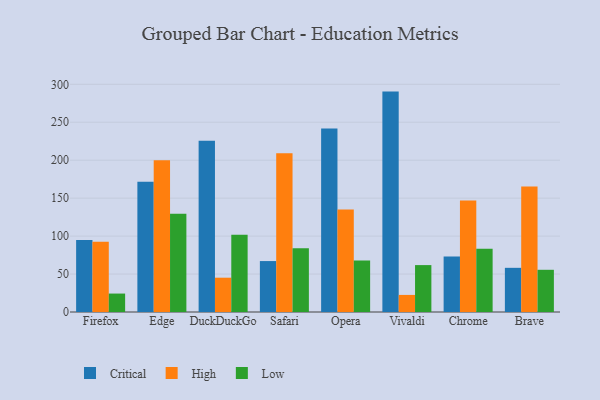
{"axis": {"x": "Browser", "y": "Temperature (°C)"}, "legend": ["Critical", "High", "Low"], "data": [{"x": "Firefox", "y": 94.9, "type": "Critical"}, {"x": "Firefox", "y": 92.6, "type": "High"}, {"x": "Firefox", "y": 24.3, "type": "Low"}, {"x": "Edge", "y": 171.5, "type": "Critical"}, {"x": "Edge", "y": 200.0, "type": "High"}, {"x": "Edge", "y": 129.6, "type": "Low"}, {"x": "DuckDuckGo", "y": 225.8, "type": "Critical"}, {"x": "DuckDuckGo", "y": 45.2, "type": "High"}, {"x": "DuckDuckGo", "y": 101.9, "type": "Low"}, {"x": "Safari", "y": 67.1, "type": "Critical"}, {"x": "Safari", "y": 209.2, "type": "High"}, {"x": "Safari", "y": 84.0, "type": "Low"}, {"x": "Opera", "y": 241.9, "type": "Critical"}, {"x": "Opera", "y": 135.0, "type": "High"}, {"x": "Opera", "y": 68.0, "type": "Low"}, {"x": "Vivaldi", "y": 290.4, "type": "Critical"}, {"x": "Vivaldi", "y": 22.5, "type": "High"}, {"x": "Vivaldi", "y": 61.8, "type": "Low"}, {"x": "Chrome", "y": 73.0, "type": "Critical"}, {"x": "Chrome", "y": 146.8, "type": "High"}, {"x": "Chrome", "y": 83.4, "type": "Low"}, {"x": "Brave", "y": 58.2, "type": "Critical"}, {"x": "Brave", "y": 165.3, "type": "High"}, {"x": "Brave", "y": 55.6, "type": "Low"}]}